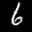
Label: 6